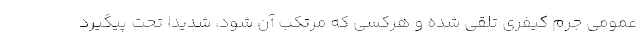
عمومی جرم کیفری تلقی شده و هرکسی که مرتکب آن شود، شدیدا تحت پیگیرد